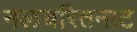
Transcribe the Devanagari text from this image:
नलचरितनाट